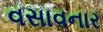
વસાવનાર